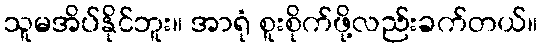
သူမအိပ်နိုင်ဘူး။ အာရုံ စူးစိုက်ဖို့လည်းခက်တယ်။